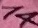
Text: 14